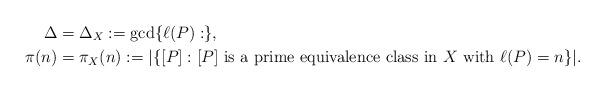
LaTeX: \begin{align*}\Delta &= \Delta_{X}:= \gcd \{ \ell(P) : \}, \\\pi(n) &= \pi_{X}(n):= | \{ [P] : \textrm{$[P]$ is a prime equivalence class in $X$ with $\ell(P)=n$} \}|. \end{align*}